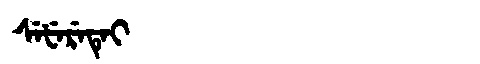
Manchu: ᠰᡝᡶᡝᡵᡝᡨᡝᡳ
Romanization: SEFERETEI